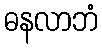
ဓနလာဘံ